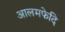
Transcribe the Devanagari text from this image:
आलमफेदि